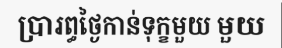
ប្រារព្ធថ្ងៃកាន់ទុក្ខមួយ មួយ